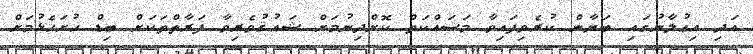
އަދި އިޢުލާނުގައި ބަޔާން ކުރެވިފައިވާ މަސައްކަތް ކޮށްދިނުމަށް ޝައުޤުވެރިވާ ފަރާތްތަކަށް ބިޑް ހުށަހެޅުމަށް